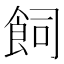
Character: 飼